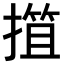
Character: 𢲶